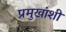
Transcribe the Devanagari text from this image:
प्रमुखांशी